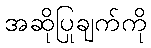
အဆိုပြုချက်ကို